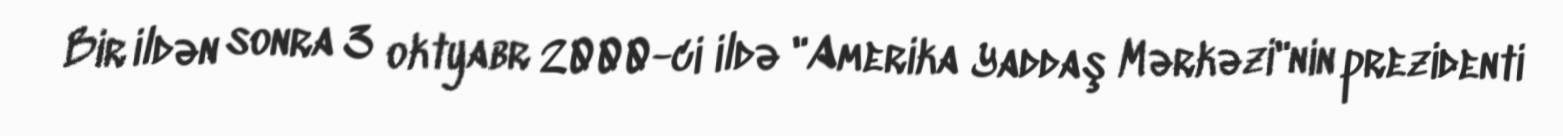
Bir ildən sonra 3 oktyabr 2000-ci ildə "Amerika Yaddaş Mərkəzi"nin prezidenti